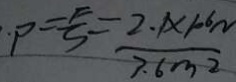
\cdot P = \frac { F } { S } = \frac { 2 . 1 \times 1 0 ^ { 1 0 } N } { 7 . 6 m ^ { 2 } }